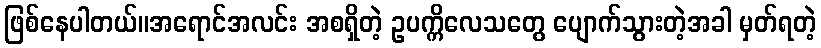
ဖြစ်နေပါတယ်။အရောင်အလင်း အစရှိတဲ့ ဥပက္ကိလေသတွေ ပျောက်သွားတဲ့အခါ မှတ်ရတဲ့